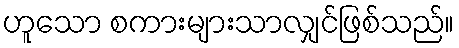
ဟူသော စကားများသာလျှင်ဖြစ်သည်။